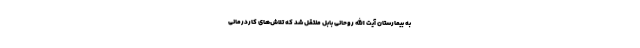
به بیمارستان آیت الله روحانی بابل منتقل شد که تلاش‌های کاردرمانی